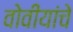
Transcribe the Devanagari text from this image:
वोवीयांचे